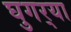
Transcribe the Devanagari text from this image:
घुगर्‍या